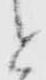
と